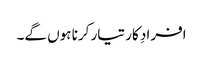
افرادِ کار تیار کرنا ہوں گے۔